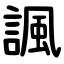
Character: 諷